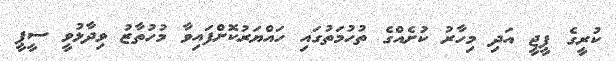
ކުރީގެ ޕީޖީ އަދި މިހާރު ކުށެއްގެ ތުހުމަތުގައި ހައްޔަރުކޮށްފައިވާ މުހުތާޒު ވިދާޅުވީ ސީޕީ